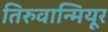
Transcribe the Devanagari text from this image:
तिरुवान्मियूर